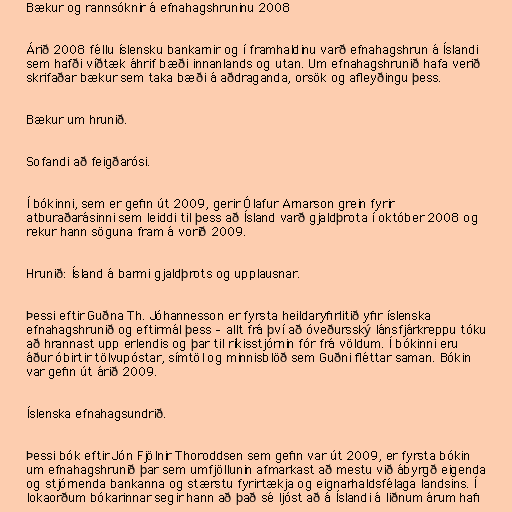
Bækur og rannsóknir á efnahagshruninu 2008

Árið 2008 féllu íslensku bankarnir og í framhaldinu varð efnahagshrun á Íslandi
sem hafði víðtæk áhrif bæði innanlands og utan. Um efnahagshrunið hafa verið
skrifaðar bækur sem taka bæði á aðdraganda, orsök og afleyðingu þess.

Bækur um hrunið.

Sofandi að feigðarósi.

Í bókinni, sem er gefin út 2009, gerir Ólafur Arnarson grein fyrir
atburaðarásinni sem leiddi til þess að Ísland varð gjaldþrota í október 2008 og
rekur hann söguna fram á vorið 2009.

Hrunið: Ísland á barmi gjaldþrots og upplausnar.

Þessi eftir Guðna Th. Jóhannesson er fyrsta heildaryfirlitið yfir íslenska
efnahagshrunið og eftirmál þess – allt frá því að óveðursský lánsfjárkreppu tóku
að hrannast upp erlendis og þar til ríkisstjórnin fór frá völdum. Í bókinni eru
áður óbirtir tölvupóstar, símtöl og minnisblöð sem Guðni fléttar saman. Bókin
var gefin út árið 2009.

Íslenska efnahagsundrið.

Þessi bók eftir Jón Fjölnir Thoroddsen sem gefin var út 2009, er fyrsta bókin
um efnahagshrunið þar sem umfjöllunin afmarkast að mestu við ábyrgð eigenda
og stjórnenda bankanna og stærstu fyrirtækja og eignarhaldsfélaga landsins. Í
lokaorðum bókarinnar segir hann að það sé ljóst að á Íslandi á liðnum árum hafi